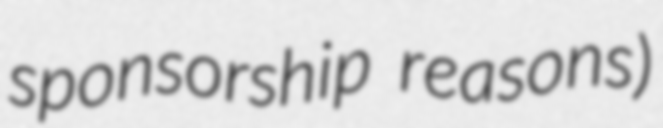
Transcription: sponsorship reasons)